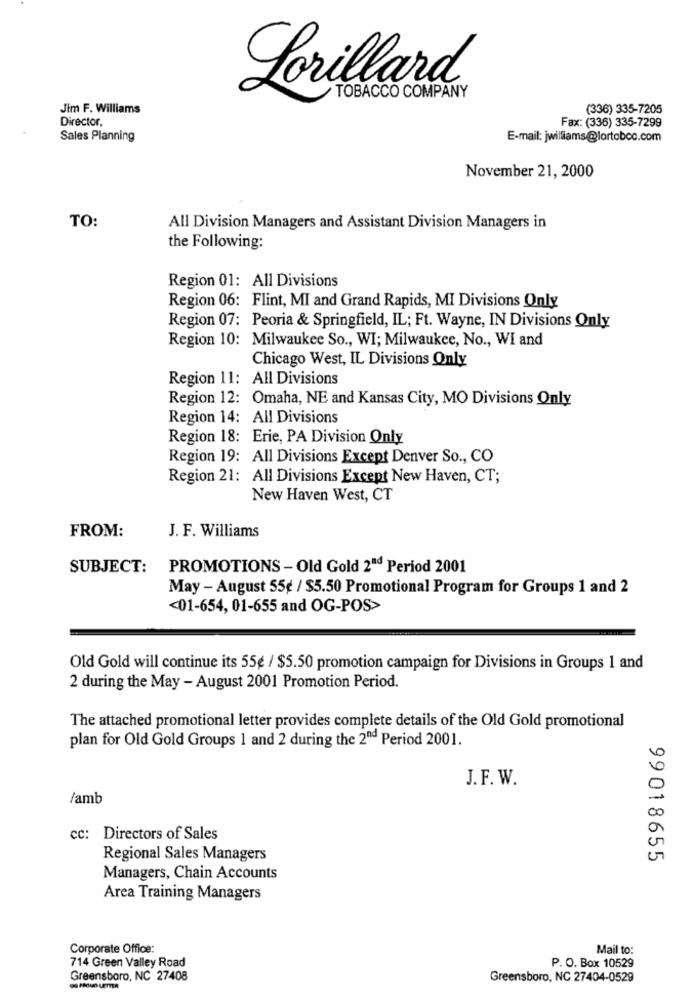
Lorillard
TOBACCO COMPANY
Jim F. Williams
(336) 335-7205
Director,
Fax: (336) 335-7299
Sales Planning
E-mail: jwilliams@lortobco.com
November 21, 2000
TO:
All Division Managers and Assistant Division Managers in
the Following:
Region 01: All Divisions
Region 06: Flint, MI and Grand Rapids, MI Divisions Only
Region 07: Peoria & Springfield, IL; Ft. Wayne, IN Divisions Only
Region 10: Milwaukee So ., WI; Milwaukee, No ., WI and
Chicago West, IL Divisions Only
Region 11: All Divisions
Region 12: Omaha, NE and Kansas City, MO Divisions Only
Region 14: All Divisions
Region 18: Erie, PA Division Only
Region 19: All Divisions Except Denver So ., CO
Region 21: All Divisions Except New Haven, CT;
New Haven West, CT
FROM:
J. F. Williams
SUBJECT: PROMOTIONS - Old Gold 2ªd Period 2001
May - August 55€ / $5.50 Promotional Program for Groups 1 and 2
<01-654, 01-655 and OG-POS>
Old Gold will continue its 55€ / $5.50 promotion campaign for Divisions in Groups 1 and
2 during the May - August 2001 Promotion Period.
The attached promotional letter provides complete details of the Old Gold promotional
plan for Old Gold Groups 1 and 2 during the 2nd Period 2001.
J. F. W.
/amb
cc: Directors of Sales
Regional Sales Managers
99018655
Managers, Chain Accounts
Area Training Managers
Corporate Office:
Mail to:
714 Green Valley Road
P. O. Box 10529
Greensboro, NC 27408
Greensboro, NC 27404-0529